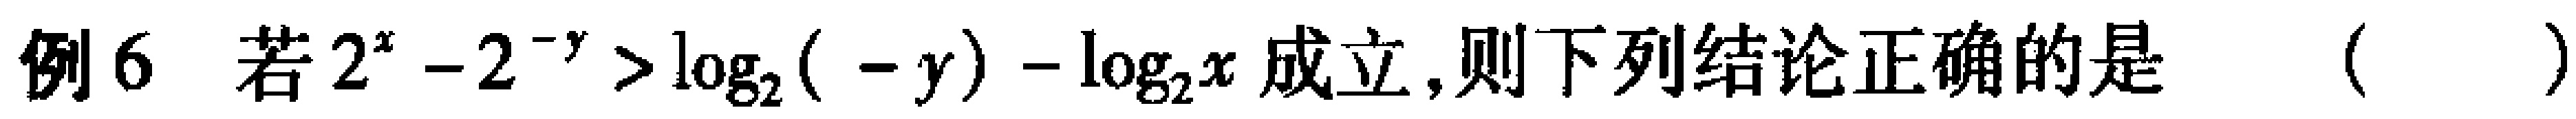
例6 若\(2^{x}-2^{-y}>\log_{2}(-y)-\log_{2}x\)成立，则下列结论正确的是 （  ）